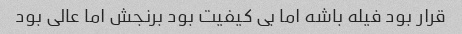
قرار بود فیله باشه اما بی کیفیت بود برنجش اما عالی بود